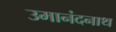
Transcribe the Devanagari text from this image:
उमानंदनाथ